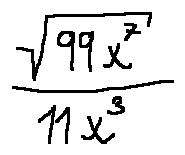
\frac { \sqrt { 9 9 x ^ { 7 } } } { 1 1 x ^ { 3 } }